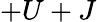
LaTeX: +U+J